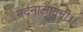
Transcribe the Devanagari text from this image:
मर्दनालागुनी।।